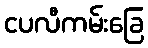
ငပလီကမ်းခြေ